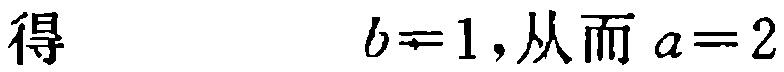
得 \(\quad b = 1\), 从而 \(a = 2\)